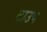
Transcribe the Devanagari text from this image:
टाउप